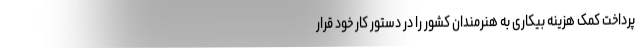
پرداخت کمک هزینه بیکاری به هنرمندان کشور را در دستور کار خود قرار